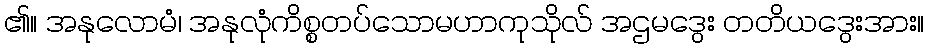
၏။ အနုလောမံ၊ အနုလုံကိစ္စတပ်သောမဟာကုသိုလ် အဌမဒွေး တတိယဒွေးအား။